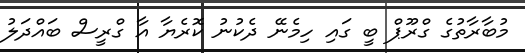
މުބާރާތުގެ ގްރޫޕް ބީ ގައި ހިމެނޭ ދެކުނު ކޮރެޔާ އާ ގްރީސް ބައްދަލު